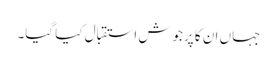
جہاں ان کا پرجوش استقبال کیا گیا۔